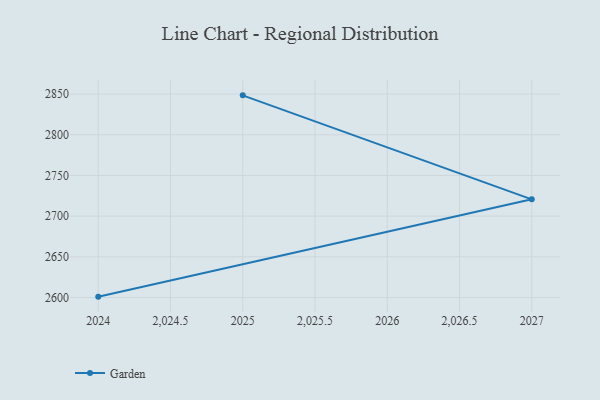
{"axis": {"x": "Year", "y": "Net Income (USD K)"}, "legend": ["Garden"], "data": [{"x": "2024", "y": 2601.0, "type": "Garden"}, {"x": "2027", "y": 2720.6, "type": "Garden"}, {"x": "2025", "y": 2848.4, "type": "Garden"}]}